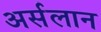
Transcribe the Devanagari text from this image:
अर्सलान